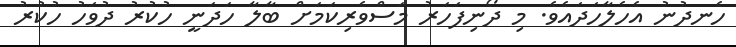
ހެނދުނު އެހެލާހަދައެވެ. މި ދޯނިފަހަރު މަސްވެރިކަމަށް ބާލާ ހަދަނީ ހުކުރު ދުވަހު ހުކުރު